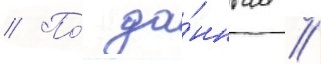
// По́ да́нным //